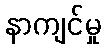
နာကျင်မှု